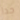
جدا